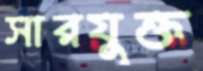
সারযুক্ত